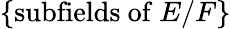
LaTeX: \{ {\mathrm{subfields~of~}}E/F\}